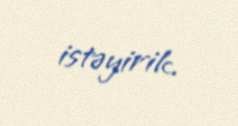
istəyirik.